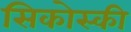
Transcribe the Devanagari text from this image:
सिकोस्की